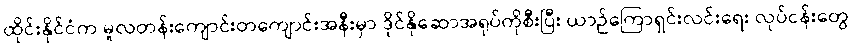
ထိုင်းနိုင်ငံက မူလတန်းကျောင်းတကျောင်းအနီးမှာ ဒိုင်နိုဆောအရုပ်ကိုစီးပြီး ယာဉ်ကြောရှင်းလင်းရေး လုပ်ငန်းတွေ